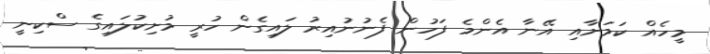
މީހެއް ކަމަށާއި އޭނާ އެންމެ ފަހުން ފެނުނުއިރު ލައިގެން ހުރީ މުށިކުލައިގެ ސްކިނީ